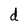
Character: d